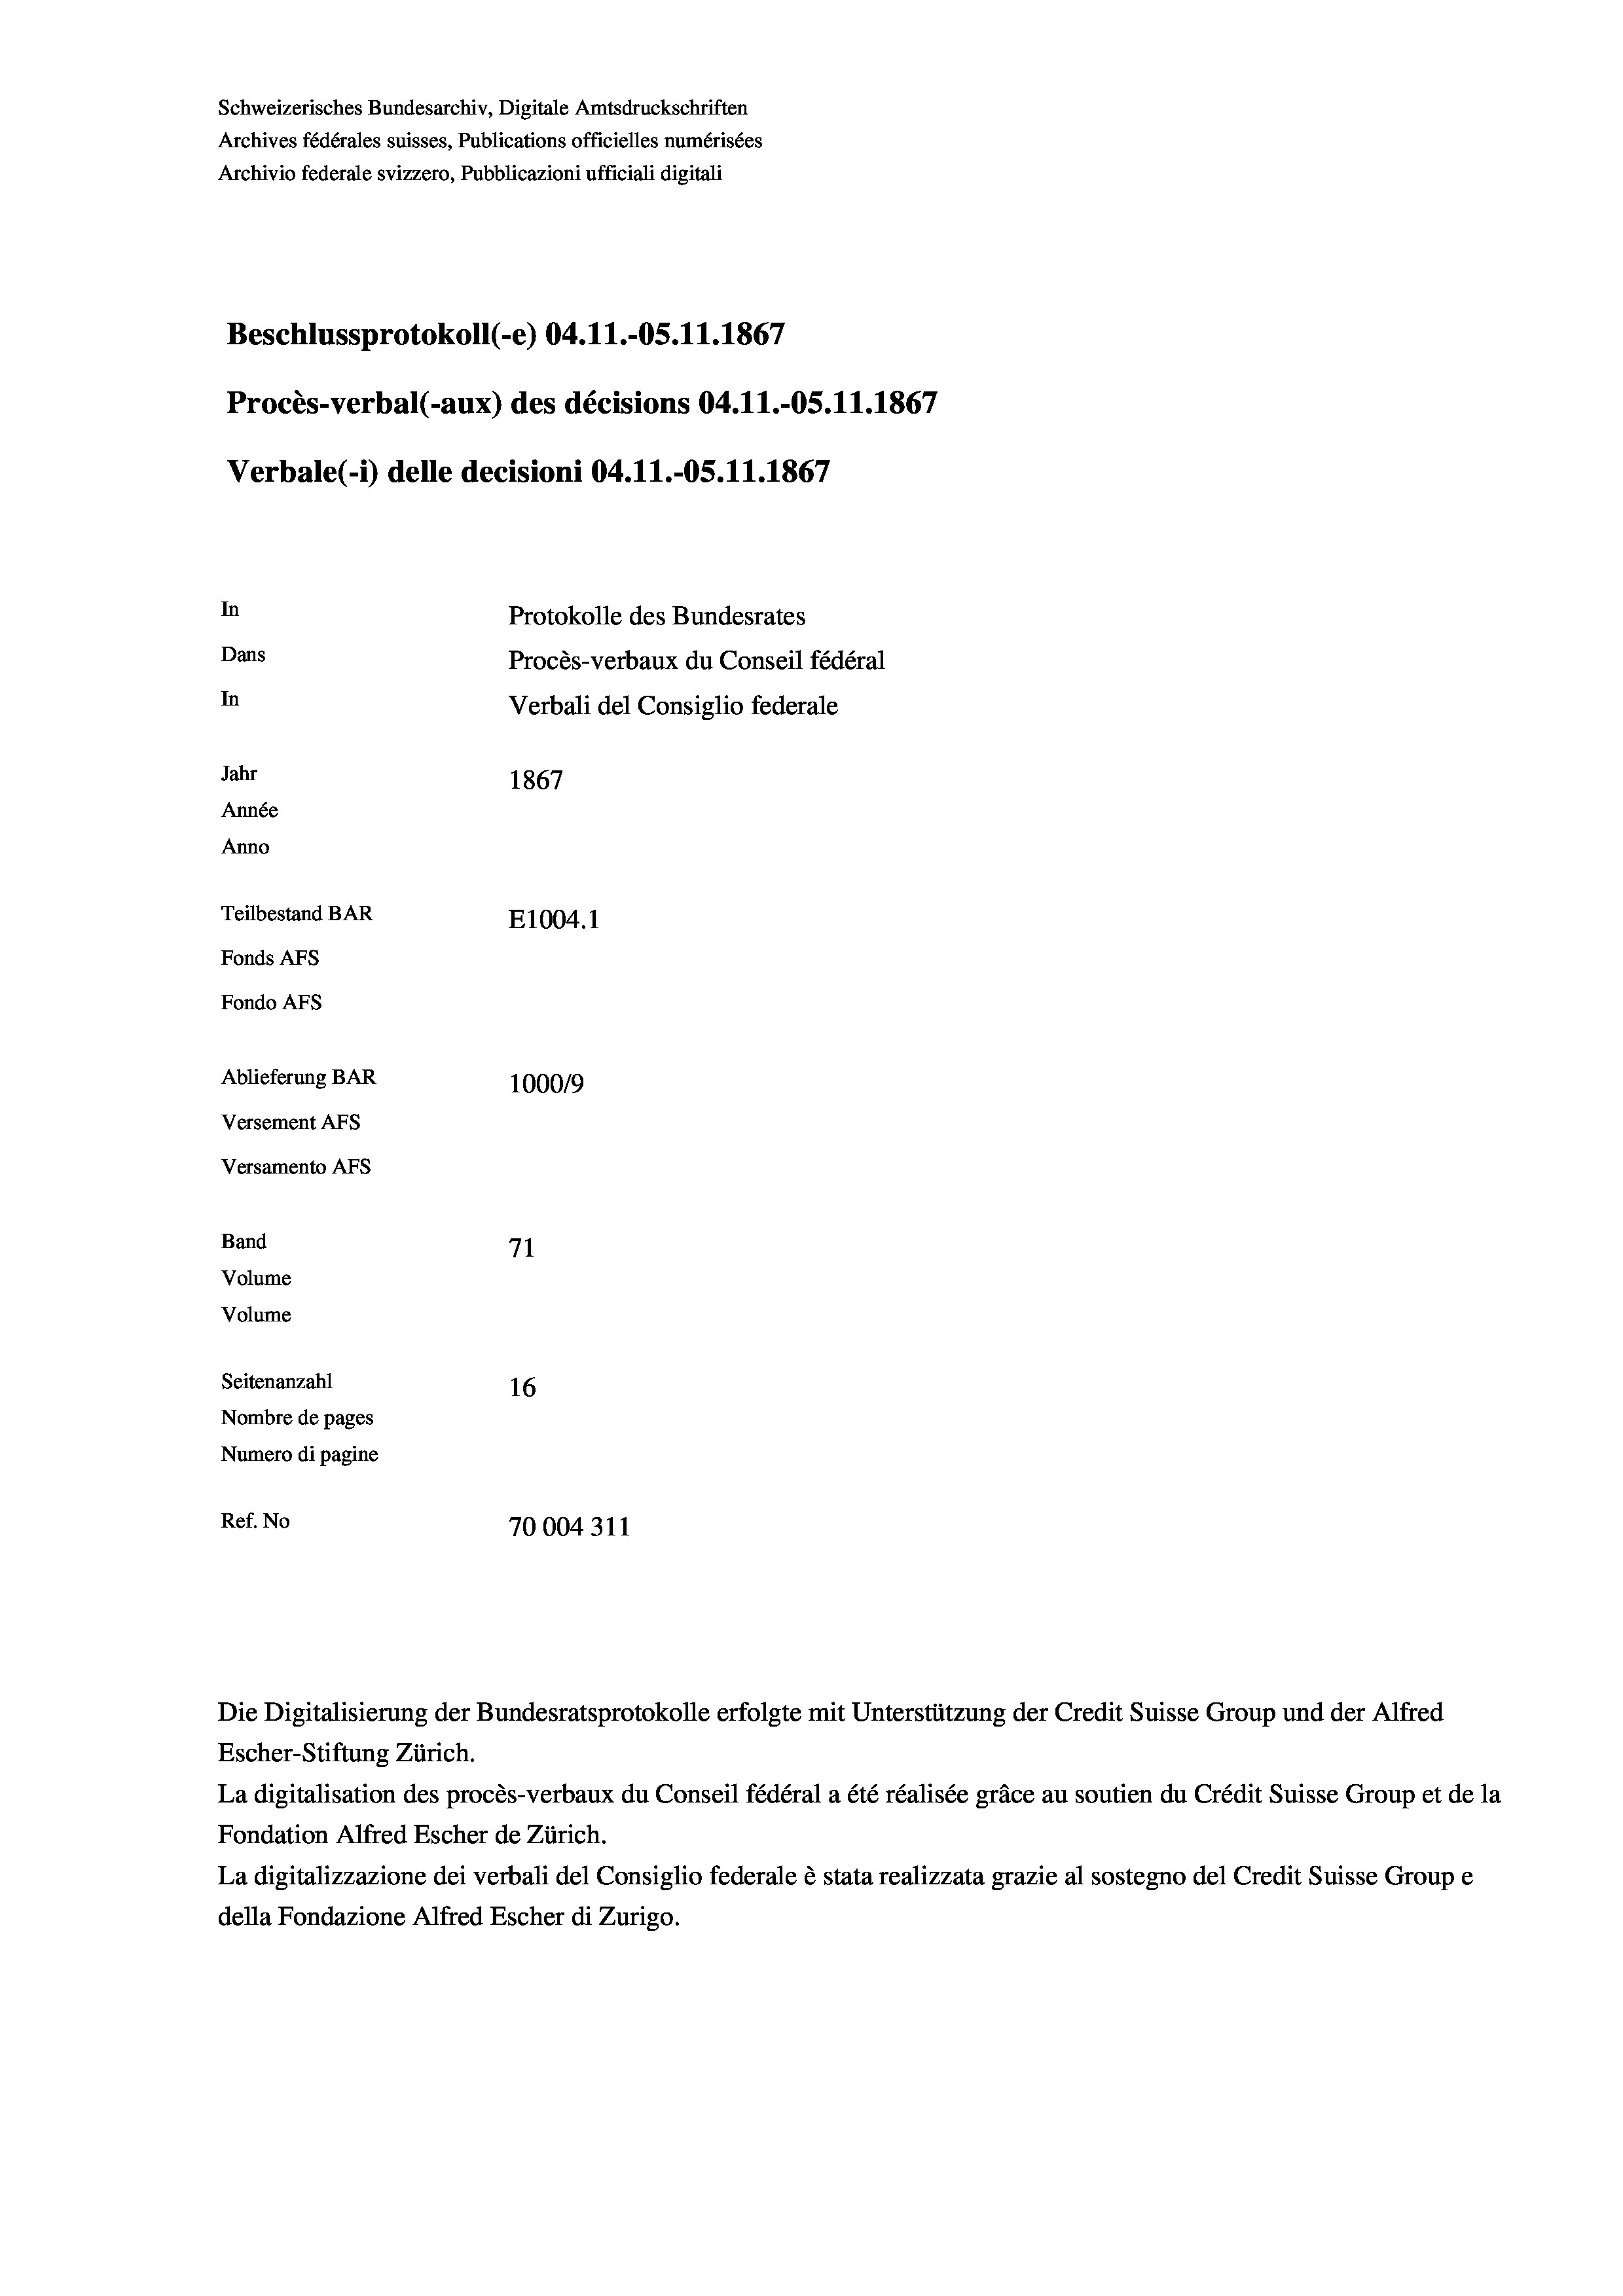
Schweizerisches Bundesarchiv, Digitale Amtsdruckschriften
Archives fédérales suisses, Publications officielles numérisées
Archivio federale svizzero, Pubblicazioni ufficiali digitali
Beschlussprotokoll (-e) 04.11.-OS.11.1867
Procès-verbal (-aux) des décisions 04.11.-OS.11.1867
Verbale(-*) delle decisioni 04.11.-OS.11.1867
In
Protokolle des Bundesrates
Dans
Procès-verbaux du Conseil fédéral
In
Verbali del Consiglio federale
Jahr
1867
Année
Anno
Teilbestand BAR
E1004.1
Fonds AFs
Fondo AFs
Ablieferung BAR
100019
Versement AFs
Versamento AFs
Band
71
Volume
Volume
Seitenanzahl
16
Nombre de pages
Numero di pagine
Ref. No
70004311

La digitalisation des procès-verbaux du Conseil fédéral a été réalisée gräce au soutien du Crédit Suisse Group et de la
Fondation Alfred Escher de Zürich.
La digitalizzazione dei verbali del Consiglio federale è stata realizzata grazie al sostegno del Credit Suisse Groupe
della Fondazione Alfred Escher di Zurigo.

Escher-Stiftung Zürich.

Die Digitalisierung der Bundesratsprotokolle erfolgte mit Unterstützung der Credit Suisse Group und der Alfred